Civil Veterinary Department. Madras. Admin. report 1926-33 - 1926-1933
Year: 1926
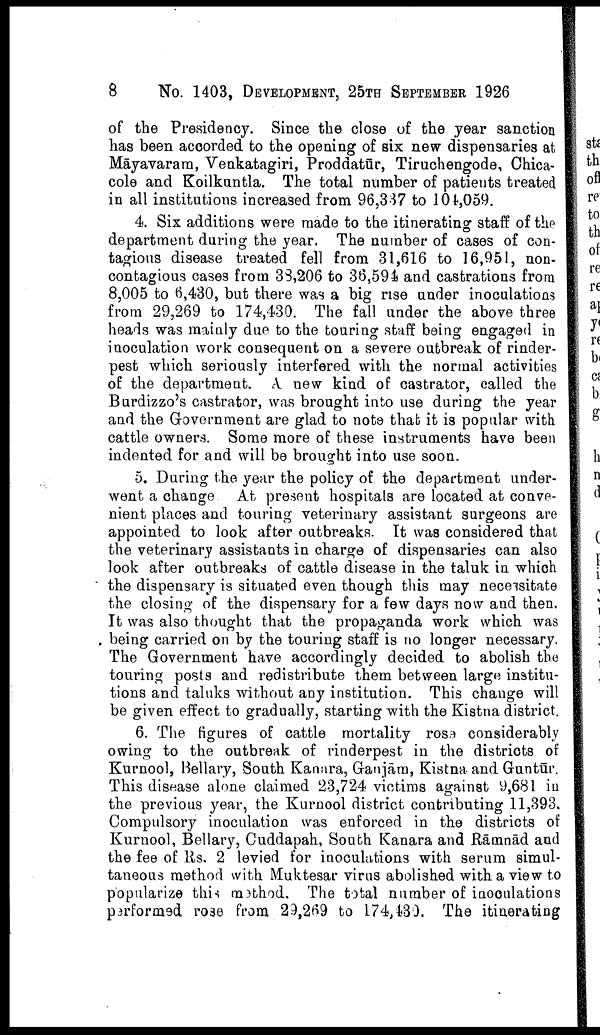
8
No. 1403, DEVELOPMENT, 25TH SEPTEMBER 1926
of the Presidency. Since the close of the year sanction
has been accorded to the opening of six new dispensaries at
Māyavarara, Venkatagiri, Proddatūr, Tiruchengode, Chica-
cole and Koilkuntla. The total number of patients treated
in all institutions increased from 96,337 to 104,059.
4. Six additions were made to the itinerating staff of the
department during the year. The number of cases of con
tagious disease treated fell from 31,616 to 16,951, non
contagious cases from 38,206 to 36,594 and castrations from
8,005 to 6,430, but there was a big rise under inoculations
from 29,269 to 174,430. The fall under the above three
heads was mainly due to the touring staff being engaged in
inoculation work consequent on a severe outbreak of rinder
pest which seriously interfered with the normal activities
of the department. A. new kind of castrator, called the
Burdizzo's castrator, was brought into use during the year
and the Government are glad to note that it is popular with
cattle owners. Some more of these instruments have been
indented for and will be brought into use soon.
5. During the year the policy of the department under
went a change At present hospitals are located at conve
nient places and touring veterinary assistant surgeons are
appointed to look after outbreaks. It was considered that
the veterinary assistants in charge of dispensaries can also
look after outbreaks of cattle disease in the taluk in which
the dispensary is situated even though this may necessitate
the closing of the dispensary for a few days now and then.
It was also thought that the propaganda work which was
being carried on by the touring staff is no longer necessary.
The Government have accordingly decided to abolish the
touring posts and redistribute them between large institu
tions and taluks without any institution. This change will
be given effect to gradually, starting with the Kistna district.
6. The figures of cattle mortality rose considerably
owing to the outbreak of rinderpest in the districts of
Kurnool, Bellary, South Kanara, Ganjām, Kistna and Guntūr.
This disease alone claimed 23,724 victims against 9,681 in
the previous year, the Kurnool district contributing 11,393.
Compulsory inoculation was enforced in the districts of
Kurnool, Bellary, Cuddapah, South Kanara and Rāmnād and
the fee of Rs. 2 levied for inoculations with serum simul
taneous method with Muktesar virus abolished with a view to
popularize this method. The total number of inoculations
performed rose from 29,269 to 174,430. The itinerating